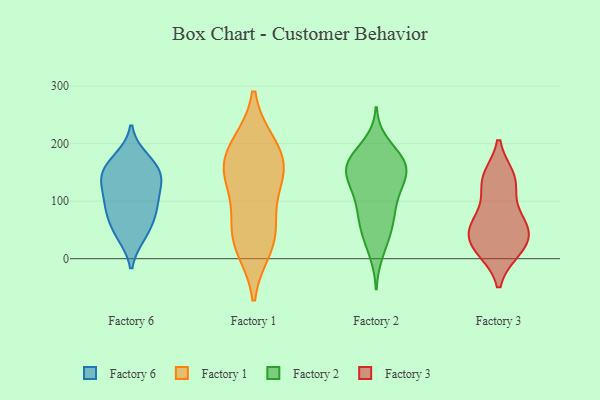
{"axis": {"x": "Conversion Rate (%)", "y": "Value"}, "legend": ["Factory 1", "Factory 2", "Factory 3", "Factory 6"], "data": [{"x": "", "y": 92, "type": "Factory 6"}, {"x": "", "y": 138, "type": "Factory 6"}, {"x": "", "y": 130, "type": "Factory 6"}, {"x": "", "y": 175, "type": "Factory 6"}, {"x": "", "y": 40, "type": "Factory 6"}, {"x": "", "y": 40, "type": "Factory 6"}, {"x": "", "y": 137, "type": "Factory 6"}, {"x": "", "y": 146, "type": "Factory 6"}, {"x": "", "y": 170, "type": "Factory 6"}, {"x": "", "y": 95, "type": "Factory 6"}, {"x": "", "y": 67, "type": "Factory 6"}, {"x": "", "y": 74, "type": "Factory 6"}, {"x": "", "y": 154, "type": "Factory 6"}, {"x": "", "y": 102, "type": "Factory 6"}, {"x": "", "y": 158, "type": "Factory 1"}, {"x": "", "y": 131, "type": "Factory 1"}, {"x": "", "y": 47, "type": "Factory 1"}, {"x": "", "y": 19, "type": "Factory 1"}, {"x": "", "y": 158, "type": "Factory 1"}, {"x": "", "y": 199, "type": "Factory 1"}, {"x": "", "y": 29, "type": "Factory 1"}, {"x": "", "y": 151, "type": "Factory 1"}, {"x": "", "y": 199, "type": "Factory 1"}, {"x": "", "y": 75, "type": "Factory 1"}, {"x": "", "y": 63, "type": "Factory 2"}, {"x": "", "y": 163, "type": "Factory 2"}, {"x": "", "y": 132, "type": "Factory 2"}, {"x": "", "y": 11, "type": "Factory 2"}, {"x": "", "y": 169, "type": "Factory 2"}, {"x": "", "y": 169, "type": "Factory 2"}, {"x": "", "y": 160, "type": "Factory 2"}, {"x": "", "y": 41, "type": "Factory 2"}, {"x": "", "y": 49, "type": "Factory 2"}, {"x": "", "y": 151, "type": "Factory 2"}, {"x": "", "y": 79, "type": "Factory 2"}, {"x": "", "y": 88, "type": "Factory 2"}, {"x": "", "y": 136, "type": "Factory 2"}, {"x": "", "y": 117, "type": "Factory 2"}, {"x": "", "y": 174, "type": "Factory 2"}, {"x": "", "y": 108, "type": "Factory 2"}, {"x": "", "y": 199, "type": "Factory 2"}, {"x": "", "y": 159, "type": "Factory 2"}, {"x": "", "y": 46, "type": "Factory 3"}, {"x": "", "y": 140, "type": "Factory 3"}, {"x": "", "y": 18, "type": "Factory 3"}, {"x": "", "y": 16, "type": "Factory 3"}, {"x": "", "y": 71, "type": "Factory 3"}, {"x": "", "y": 52, "type": "Factory 3"}, {"x": "", "y": 24, "type": "Factory 3"}, {"x": "", "y": 133, "type": "Factory 3"}, {"x": "", "y": 61, "type": "Factory 3"}, {"x": "", "y": 135, "type": "Factory 3"}]}